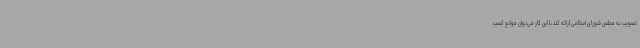
تصویب به مجلس شورای اسلامی ارائه کند با این کار می‌توان موانع کسب